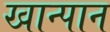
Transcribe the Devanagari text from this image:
खान्पान